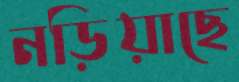
নড়িয়াছে